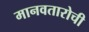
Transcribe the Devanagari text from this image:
मानवतारोची